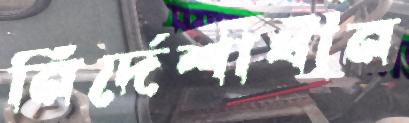
নির্দেশাধীন